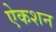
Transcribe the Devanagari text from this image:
ऐकशन